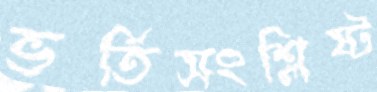
ভর্তিসংশ্লিষ্ট